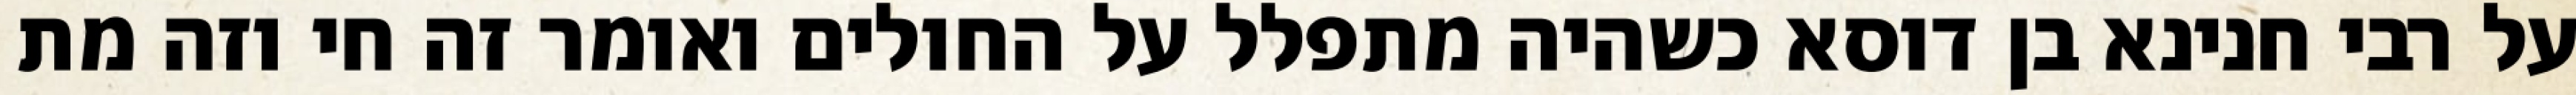
על רבי חנינא בן דוסא כשהיה מתפלל על החולים ואומר זה חי וזה מת